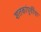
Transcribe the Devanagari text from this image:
शतकांपूर्वीचा